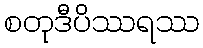
စတုဒီပိဿရဿ